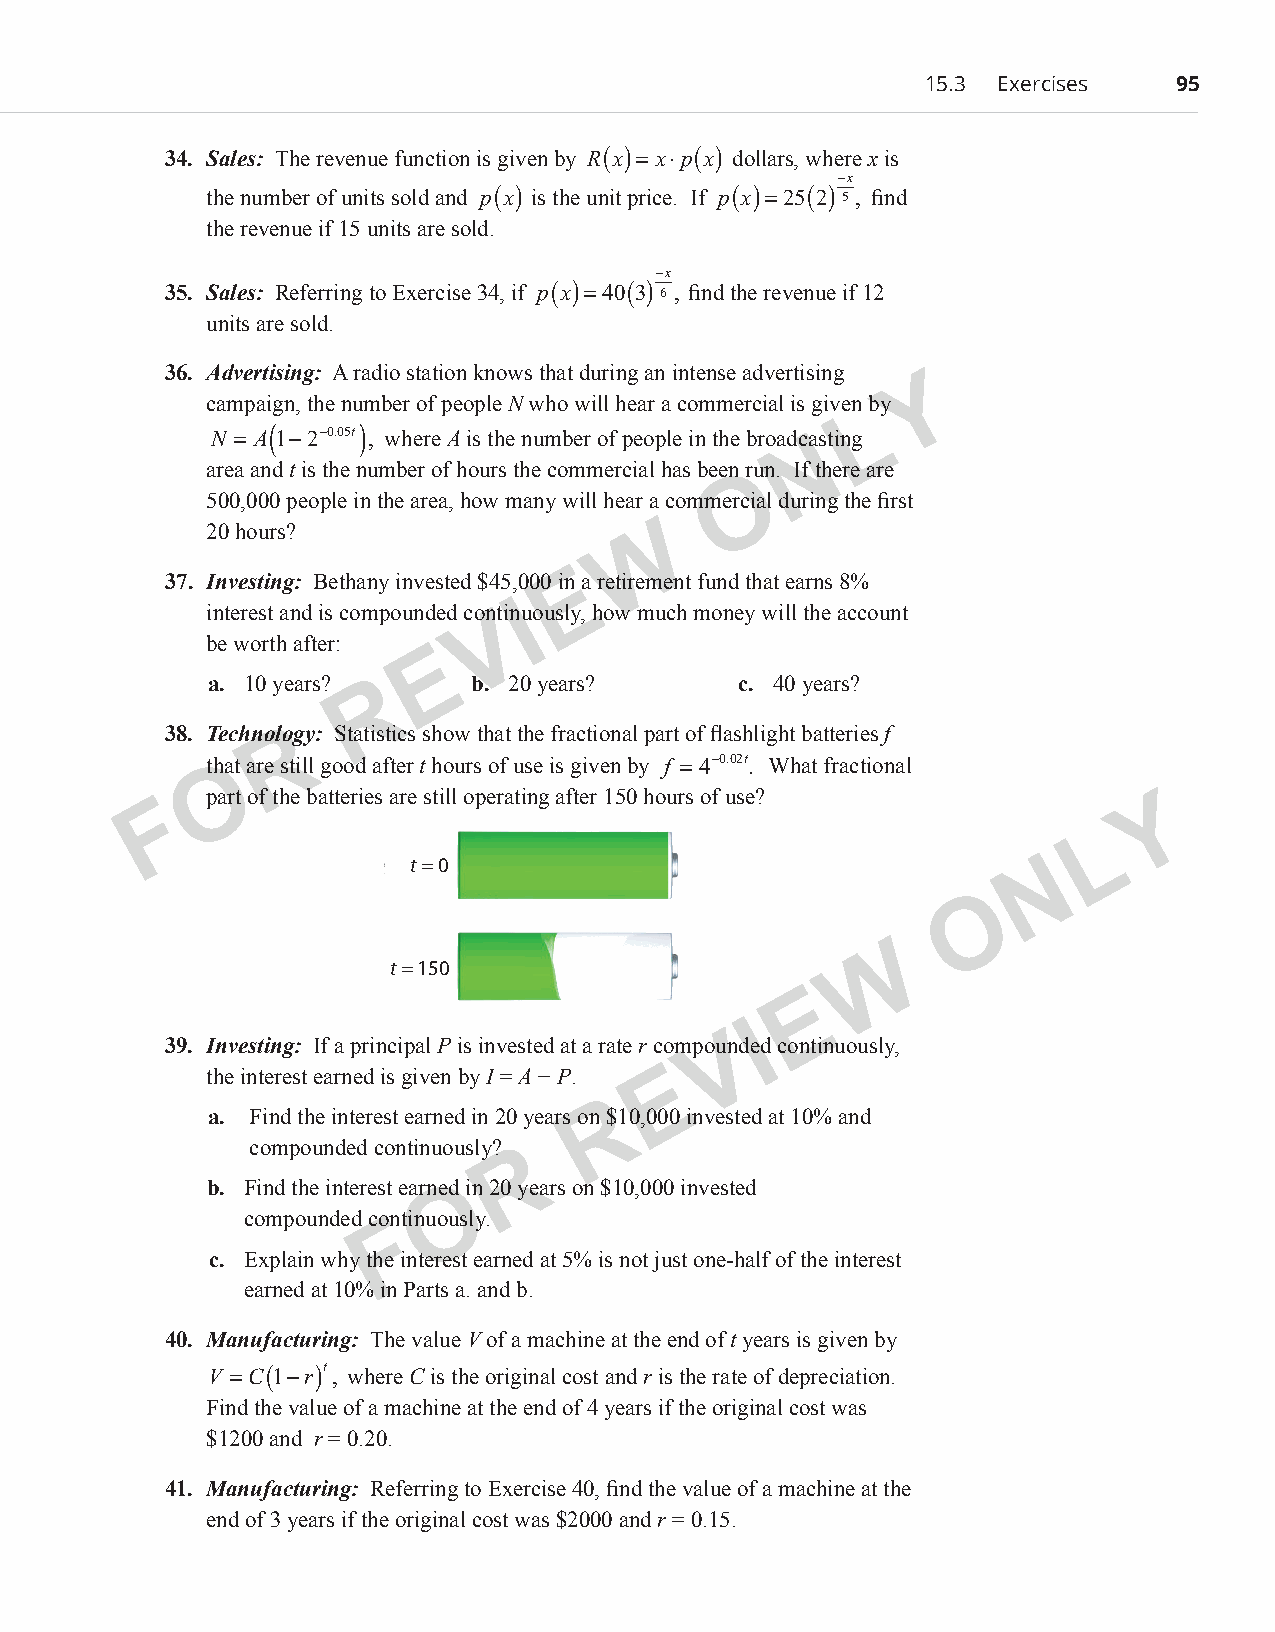
15.3 Exercises   95
 34. Sales: The revenue function is given by R(x)= x⋅p(x) dollars, where x is
 −x
 the number of units sold and p(x) is the unit price. If p(x)=25(2) 5 , find
 the revenue if 15 units are sold.
 −x
 35. Sales: Referring to Exercise 34, if p(x)=40(3) 6 , find the revenue if 12
 units are sold.
 36. Advertising: A radio station knows that during an intense advertising
 Y
 campaign, the number of people N who will hear a commercial is given by
 L
 N =
 A( 1−2−0.05t)
 , where A is the number of people in the broadcNasting
 area and t is the number of hours the commercial has been run. If there are
 O
 500,000 people in the area, how many will hear a commercial during the first
 20 hours?                   W
 37. Investing: Bethany invested $45,000 inE a retirement fund that earns 8%
 interest and is compounded continuIously, how much money will the account
 V
 be worth after:
 E
 a. 10 years? R   b. 20 years?      c. 40 years?
 38. TechnolRogy: Statistics show that the fractional part of flashlight batteries f
 tOhat are still good after t hours of use is given by f =4−0.02t. What fractional
 F  part of the batteries are still operating after 150 hours of use? Y
 L
 t = 0                                     N
 O
 W
 t = 150
 E
 I
 39. Investing: If a principal P is invested at a rate r compouVnded continuously,
 the interest earned is given by I = A − P. E
 R
 a. Find the interest earned in 20 years on $10,000 invested at 10% and
 compo unded continuously?
 R
 b. Find the interest earneOd in 20 years on $10,000 invested
 compounded continuously.
 F
 c. Explain why the interest earned at 5% is not just one-half of the interest
 earned at 10% in Parts a. and b.
 40. Manufacturing: The value V of a machine at the end of t years is given by
 V
 =C(1−r)t
 , where C is the original cost and r is the rate of depreciation.
 Find the value of a machine at the end of 4 years if the original cost was
 $1200 and r = 0.20.
 41. Manufacturing: Referring to Exercise 40, find the value of a machine at the
 end of 3 years if the original cost was $2000 and r = 0.15.
 PCM_Marketing_Booklet.indb 95                                            10/11/2017 10:04:32 AM